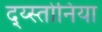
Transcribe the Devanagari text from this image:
द्य्स्तोनिया